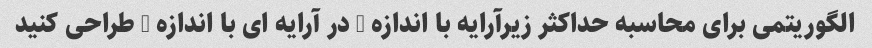
الگوریتمی برای محاسبه حداکثر زیرآرایه با اندازه k در آرایه ای با اندازه n طراحی کنید